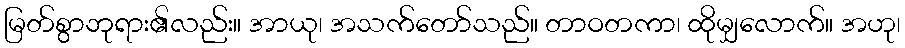
မြတ်စွာဘုရား၏လည်း။ အာယု၊ အသက်တော်သည်။ တာဝတကာ၊ ထိုမျှလောက်။ အဟု၊